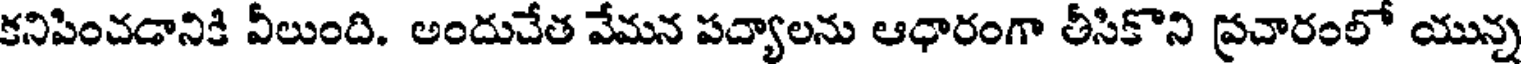
కనిపించడానికి వీలుంది. అందుచేత వేమన పద్యాలను ఆధారంగా తీసికొని ప్రచారంలో యున్న